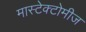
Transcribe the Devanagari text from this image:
मास्टेक्टोमीज